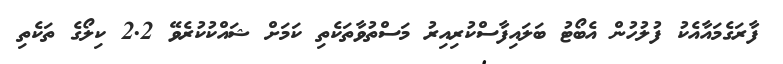
ފާރަގެމައާއެކު ފުލުހުން އެބޯޓު ބަލައިފާސްކުރިއިރު މަސްތުވާތަކެތި ކަމަށް ޝައްކުކުރެވޭ 2.2 ކިލޯގެ ތަކެތި